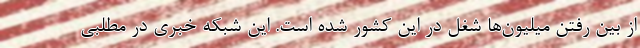
از بین رفتن میلیون‌ها شغل در این کشور شده است. این شبکه خبری در مطلبی